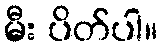
မီး ပိတ်ပါ။